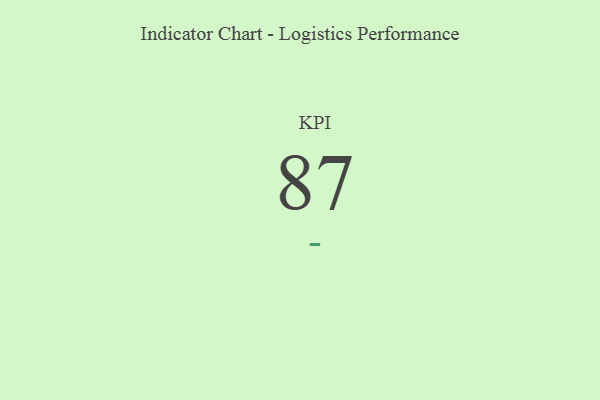
{"axis": {"x": "KPI", "y": "Value"}, "legend": [""], "data": [{"x": "KPI", "y": 87, "type": ""}]}